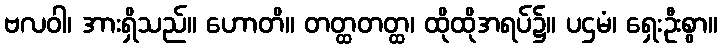
ဗလဝါ၊ အားရှိသည်။ ဟောတိ။ တတ္ထတတ္ထ၊ ထိုထိုအရပ်၌။ ပဌမံ၊ ရှေးဦးစွာ။